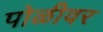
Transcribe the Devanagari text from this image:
पोळीवर